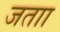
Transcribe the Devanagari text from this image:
जताा